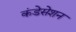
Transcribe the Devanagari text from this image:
कंडेसेशन